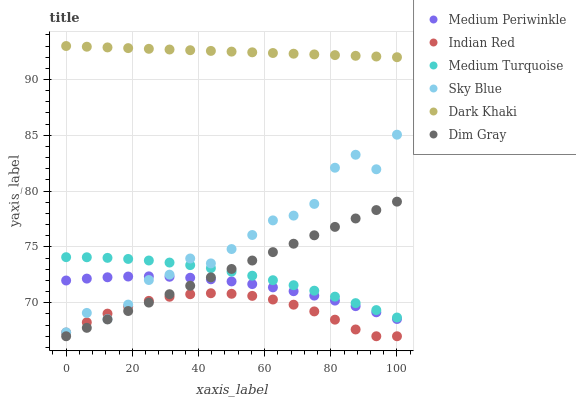
| xaxis_label | Medium Periwinkle | Indian Red | Medium Turquoise | Sky Blue | Dark Khaki | Dim Gray |
 | --- | --- | --- | --- | --- | --- | --- |
 | 0 | 72 | 67.3 | 74.1 | 67.4 | 93 | 67 |
 | 6.25 | 72.2 | 68.2 | 74.1 | 69.1 | 92.9 | 67.8 |
 | 12.5 | 72.3 | 69 | 74 | 68.5 | 92.9 | 68.5 |
 | 18.8 | 72.3 | 69.7 | 73.9 | 69.8 | 92.8 | 69.3 |
 | 25 | 72.4 | 70.2 | 73.8 | 72 | 92.7 | 70 |
 | 31.2 | 72.3 | 70.5 | 73.6 | 72.5 | 92.7 | 70.8 |
 | 37.5 | 72.2 | 70.8 | 73.4 | 74 | 92.6 | 71.5 |
 | 43.8 | 72.1 | 70.9 | 73.1 | 73.5 | 92.6 | 72.3 |
 | 50 | 71.9 | 70.8 | 72.8 | 74.8 | 92.5 | 73 |
 | 56.2 | 71.7 | 70.6 | 72.4 | 76.1 | 92.4 | 73.8 |
 | 62.5 | 71.4 | 70.3 | 72 | 77.4 | 92.4 | 74.5 |
 | 68.8 | 71 | 69.8 | 71.6 | 77.8 | 92.3 | 75.3 |
 | 75 | 70.6 | 69.2 | 71.1 | 78.9 | 92.2 | 76 |
 | 81.2 | 70.2 | 68.5 | 70.5 | 82.1 | 92.2 | 76.8 |
 | 87.5 | 69.7 | 67.6 | 70 | 83.3 | 92.1 | 77.6 |
 | 93.8 | 69.1 | 67 | 69.3 | 82 | 92.1 | 78.3 |
 | 100 | 68.5 | 67 | 68.7 | 85.1 | 92 | 79.1 |